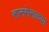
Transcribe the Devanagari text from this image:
तानसेनाच्या